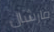
مارشال